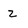
Character: z